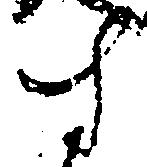
す